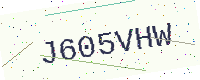
Text: J605VHW